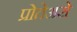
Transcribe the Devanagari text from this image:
प्रोतेअसे